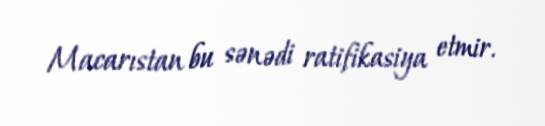
Macarıstan bu sənədi ratifikasiya etmir.